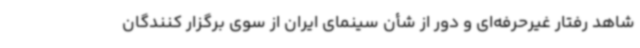
شاهد رفتار غیرحرفه‌ای و دور از شأن سینمای ایران از سوی برگزار کنندگان